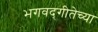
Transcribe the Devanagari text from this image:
भगवद्‌गीतेच्या